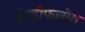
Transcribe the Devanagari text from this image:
ग्रैण्डीफलोरा